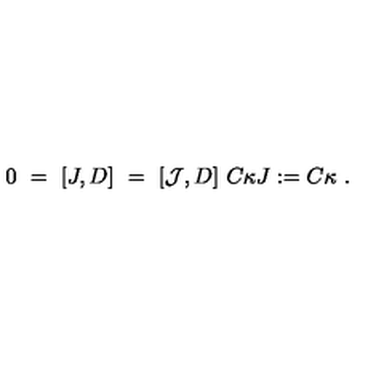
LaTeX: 0 \ = \ [ J , D ] \ = \ [ { \mathcal J } , D ] \ C \kappa J : = C \kappa \ .